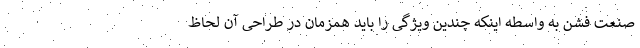
صنعت فشن به واسطه اینکه چندین ویژگی را باید همزمان در طراحی آن لحاظ